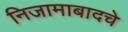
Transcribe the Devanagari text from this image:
निजामाबादचे